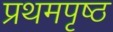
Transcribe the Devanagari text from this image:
प्रथमपृष्ठ